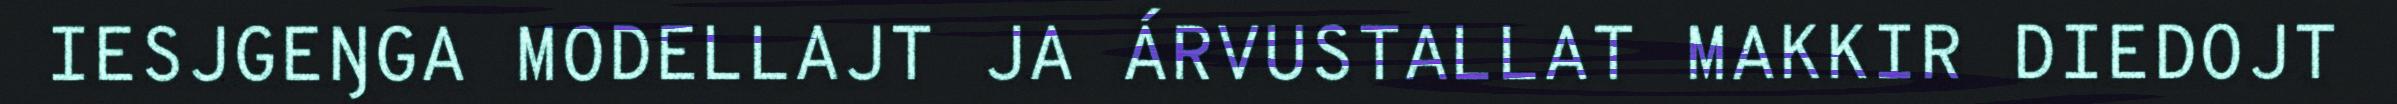
IESJGEŊGA MODELLAJT JA ÁRVUSTALLAT MAKKIR DIEDOJT